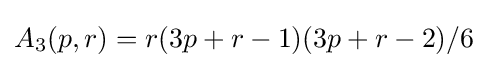
A_{3}(p,r)=r(3p+r-1)(3p+r-2)/6